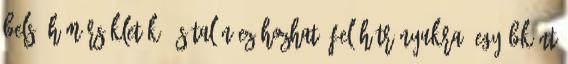
belső hőmérsékletük, és talán ez hozható fel hátrányukra, egyébként